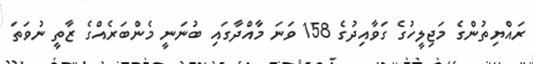
ރައްޔިތުންގެ މަޖިލީހުގެ ގަވާއިދުގެ 158 ވަނަ މާއްދާގައި ބުނަނީ މެންބަރެއްގެ ޒާތީ ނުވަތަ